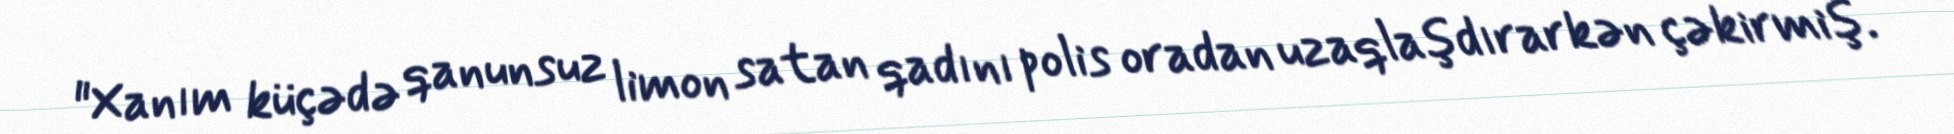
"Xanım küçədə qanunsuz limon satan qadını polis oradan uzaqlaşdırarkən çəkirmiş.